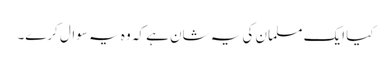
کیا ایک مسلمان کی یہ شان ہے کہ وہ یہ سوال کرے۔